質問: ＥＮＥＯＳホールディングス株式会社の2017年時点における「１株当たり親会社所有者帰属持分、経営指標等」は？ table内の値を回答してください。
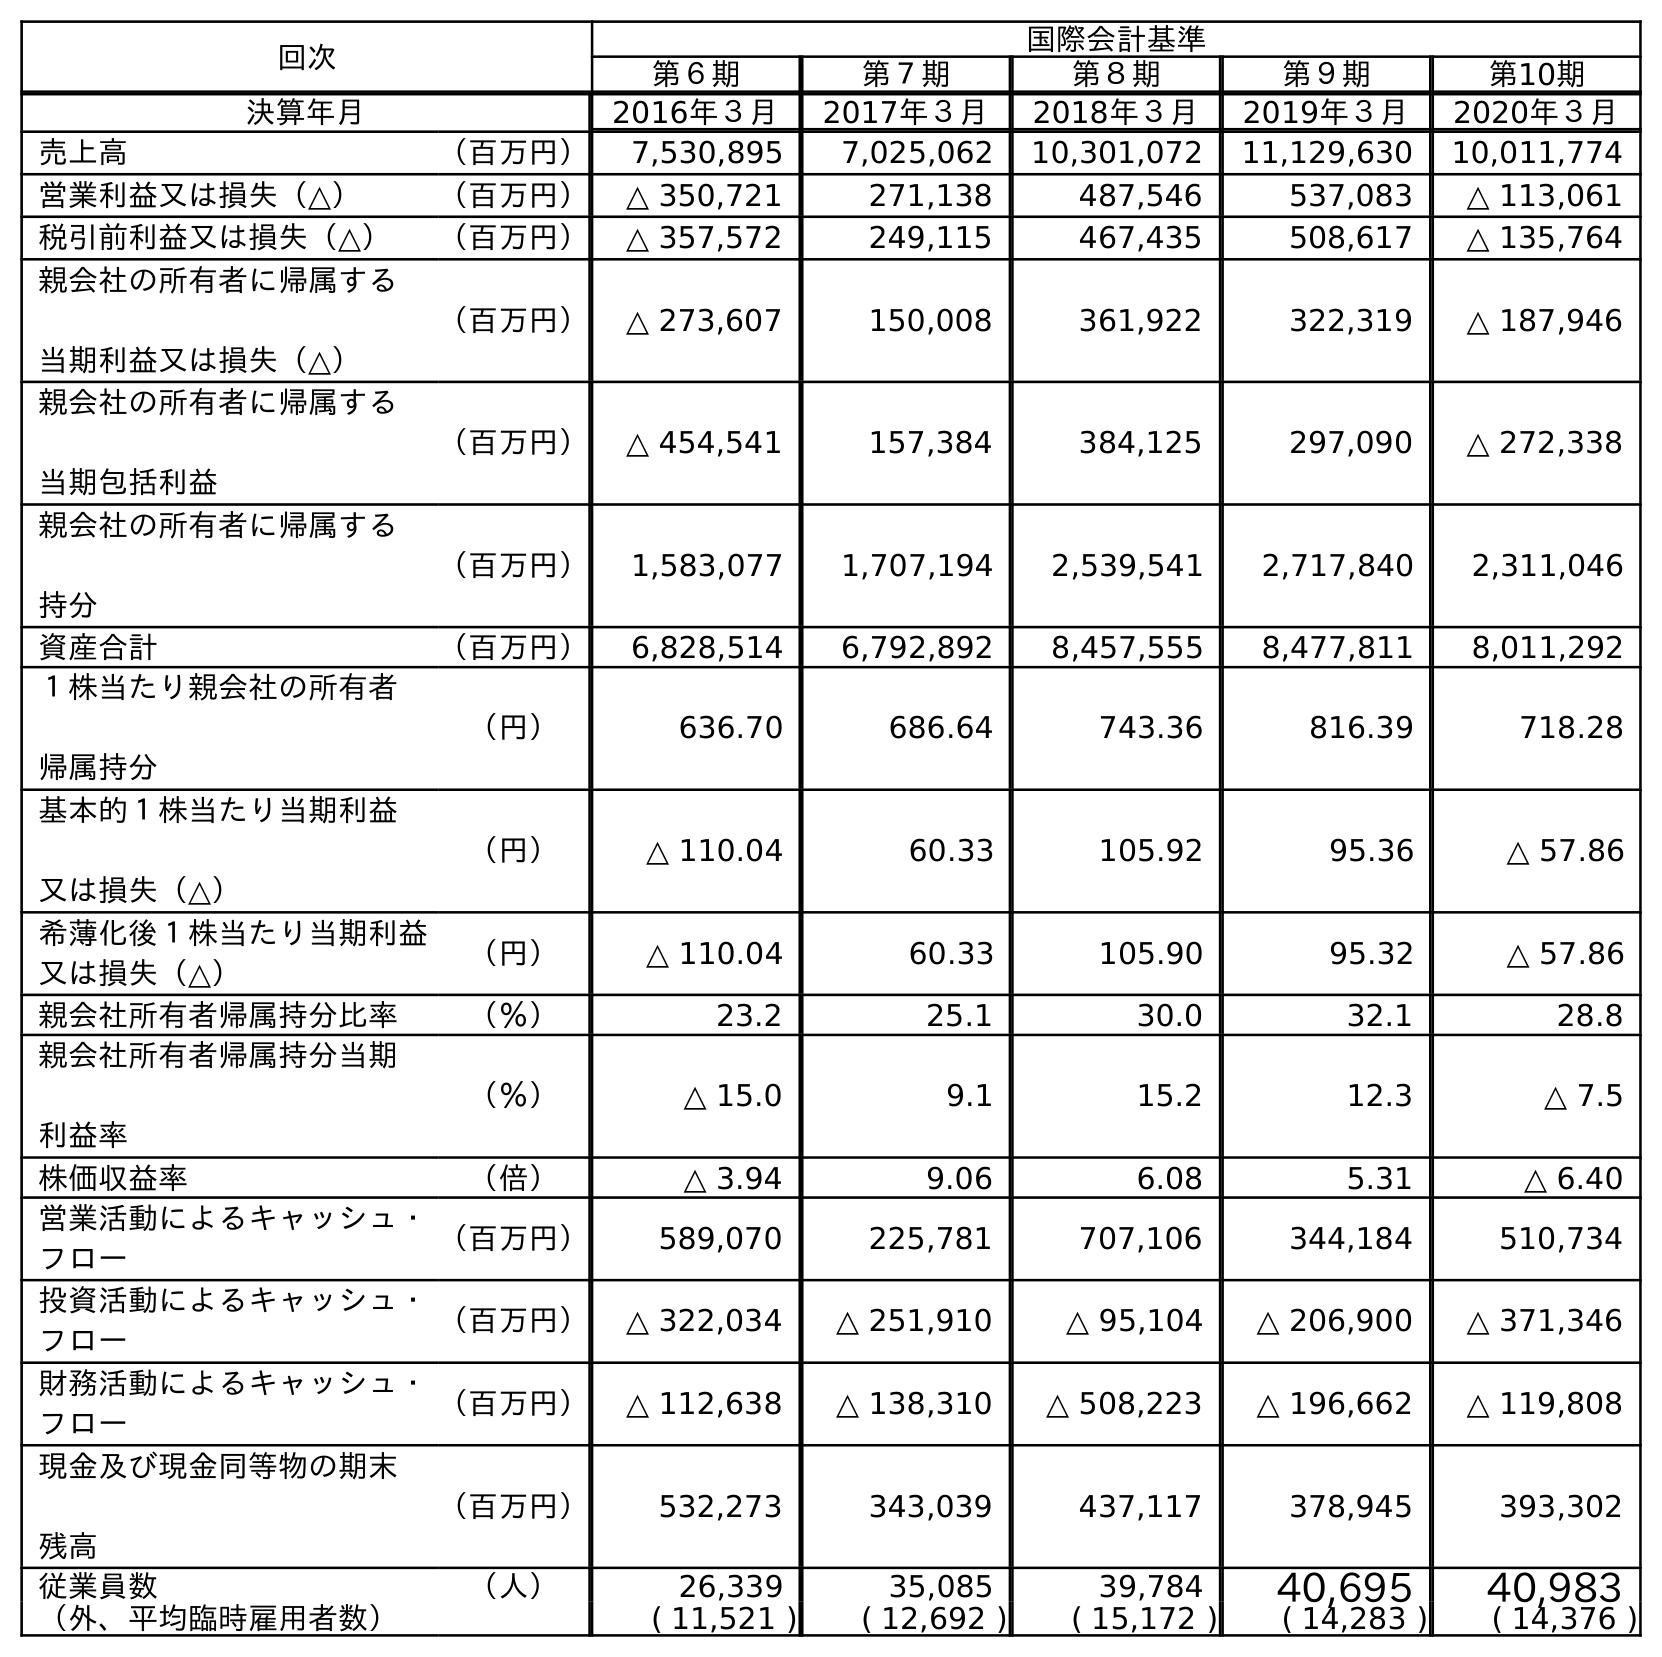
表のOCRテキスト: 回次 国際会計基準 第６期 第７期 第８期 第９期 第10期 決算年月 2016年３月 2017年３月 2018年３月 2019年３月 2020年３月 売上高 （百万円） 7,530,895 7,025,062 10,301,072 11,129,630 10,011,774 営業利益又は損失（△） （百万円） △ 350,721 271,138 487,546 537,083 △ 113,061 税引前利益又は損失（△） （百万円） △ 357,572 249,115 467,435 508,617 △ 135,764 親会社の所有者に帰属する 当期利益又は損失（△） （百万円） △ 273,607 150,008 361,922 322,319 △ 187,946 親会社の所有者に帰属する 当期包括利益 （百万円） △ 454,541 157,384 384,125 297,090 △ 272,338 親会社の所有者に帰属する 持分 （百万円） 1,583,077 1,707,194 2,539,541 2,717,840 2,311,046 資産合計 （百万円） 6,828,514 6,792,892 8,457,555 8,477,811 8,011,292 １株当たり親会社の所有者 帰属持分 （円） 636.70 686.64 743.36 816.39 718.28 基本的１株当たり当期利益 又は損失（△） （円） △ 110.04 60.33 105.92 95.36 △ 57.86 希薄化後１株当たり当期利益 又は損失（△） （円） △ 110.04 60.33 105.90 95.32 △ 57.86 親会社所有者帰属持分比率 （％） 23.2 25.1 30.0 32.1 28.8 親会社所有者帰属持分当期 利益率 （％） △ 15.0 9.1 15.2 12.3 △ 7.5 株価収益率 （倍） △ 3.94 9.06 6.08 5.31 △ 6.40 営業活動によるキャッシュ・ フロー （百万円） 589,070 225,781 707,106 344,184 510,734 投資活動によるキャッシュ・ フロー （百万円） △ 322,034 △ 251,910 △ 95,104 △ 206,900 △ 371,346 財務活動によるキャッシュ・ フロー （百万円） △ 112,638 △ 138,310 △ 508,223 △ 196,662 △ 119,808 現金及び現金同等物の期末 残高 （百万円） 532,273 343,039 437,117 378,945 393,302 従業員数 （人） 26,339 35,085 39,784 40,695 40,983 （外、平均臨時雇用者数） ( 11,521 ) ( 12,692 ) ( 15,172 ) ( 14,283 ) ( 14,376 )
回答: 686.64